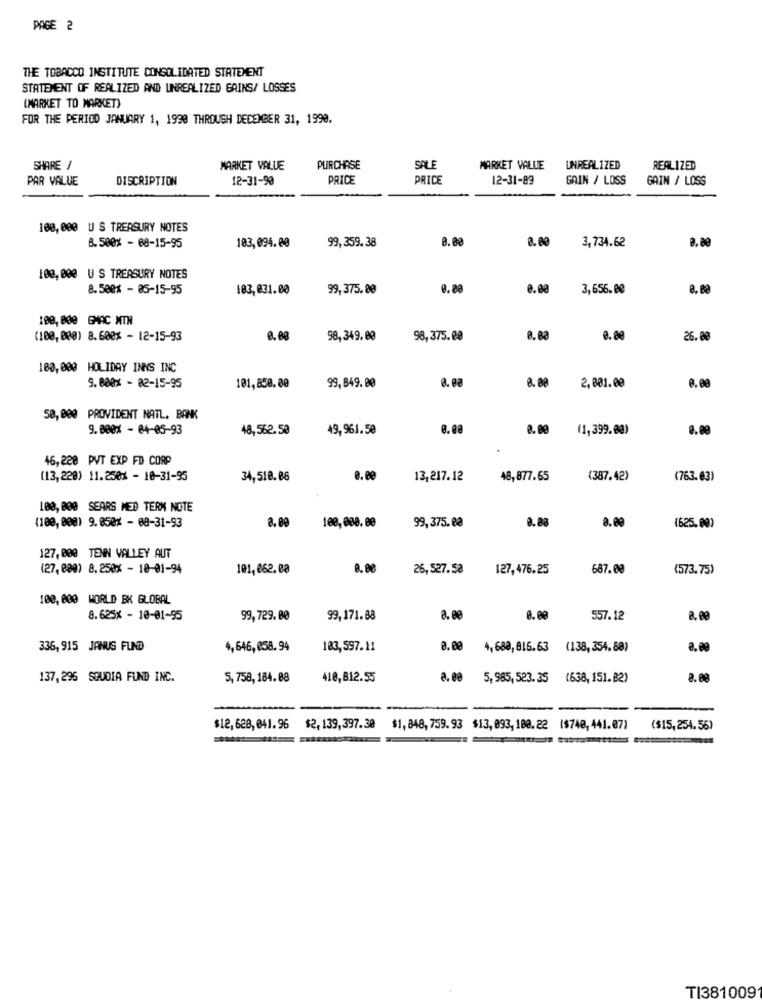
PAGE 2
THE TOBACCO INSTITUTE CONSOLIDATED STATEMENT
STATEMENT OF REALIZED AND UNREALIZED GAINS/ LOSSES
(MARKET TO MARKET)
FOR THE PERIOD JANUARY 1, 1990 THROUGH DECEMBER 31, 1990.
SHARE /
MARKET VALUE
PURCHASE
SALE
MARKET VALUE
UNREALIZED
REALIZED
PAR VALUE
DISCRIPTION
12-31-90
PRICE
PRICE
12-31-89
GAIN / LOSS
GAIN / LOSS
100, 000 US TREASURY NOTES
183,094.80
99,359.38
8.88
0.80
8.500% - 68-15-95
3,734.62
100, 000 US TREASURY NOTES
8.500x - 85-15-95
103,031.00
99,375.00
0.00
0.00
3,656.00
100, 800 GMAC NTH
(100,000) 8.600% - 12-15-93
98,349.00
98,375.00
0.80
26.88
100,000 HOLIDAY INNS INC
8. 0a
9. 800% - 82-15-95
101,850.00
99,849.00
8.00
2,001.00
0.00
50, 000 PROVIDENT NATL. BANK
9. 800% - 84-05-93
48,562.50
49,961.50
0.00
8.00
(1,399.00)
8.09
46,228 PVT EXP FD CORP
(13,228) 11.250% - 10-31-95
34,510.08
0.00
13,217.12
48,877.65
(387.42)
(763.63)
100, 800 SEARS MED TERM NOTE
(100, 000) 9.850% - 08-31-93
100,000. 00
99,375.08
0.88
8.00
8.00
(625.00)
127, 000 TENN VALLEY AUT
(27, 080) 8.250% - 10-01-94
101,862.00
8.88
26,527.58
127,476.25
687.08
(573.75)
100, 000 WORLD BK GLOBAL
8.625x - 10-01-95
99,729. 80
99,171.88
8. 8
557.12
336, 915 JANUS FUND
4,646,858.94
103,597.11
0.00
4,680, 816.63
(138, 354.50)
137, 296 SQUDIA FUND INC.
5,758, 184.08
410,812.55
5,985, 523. 35
(638, 151. 82)
$12,628,041.96 $2, 139,397.30
$1,848, 759. 93 $13, 893, 180. 22 ($748, 441.07)
($15,254.56)
=
TI381009